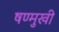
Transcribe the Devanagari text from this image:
षण्मुखी